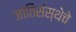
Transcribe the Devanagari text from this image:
जातिसंस्थेचे